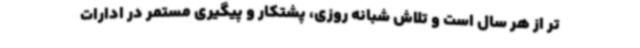
تر از هر سال است و تلاش شبانه روزی، پشتکار و پیگیری مستمر در ادارات